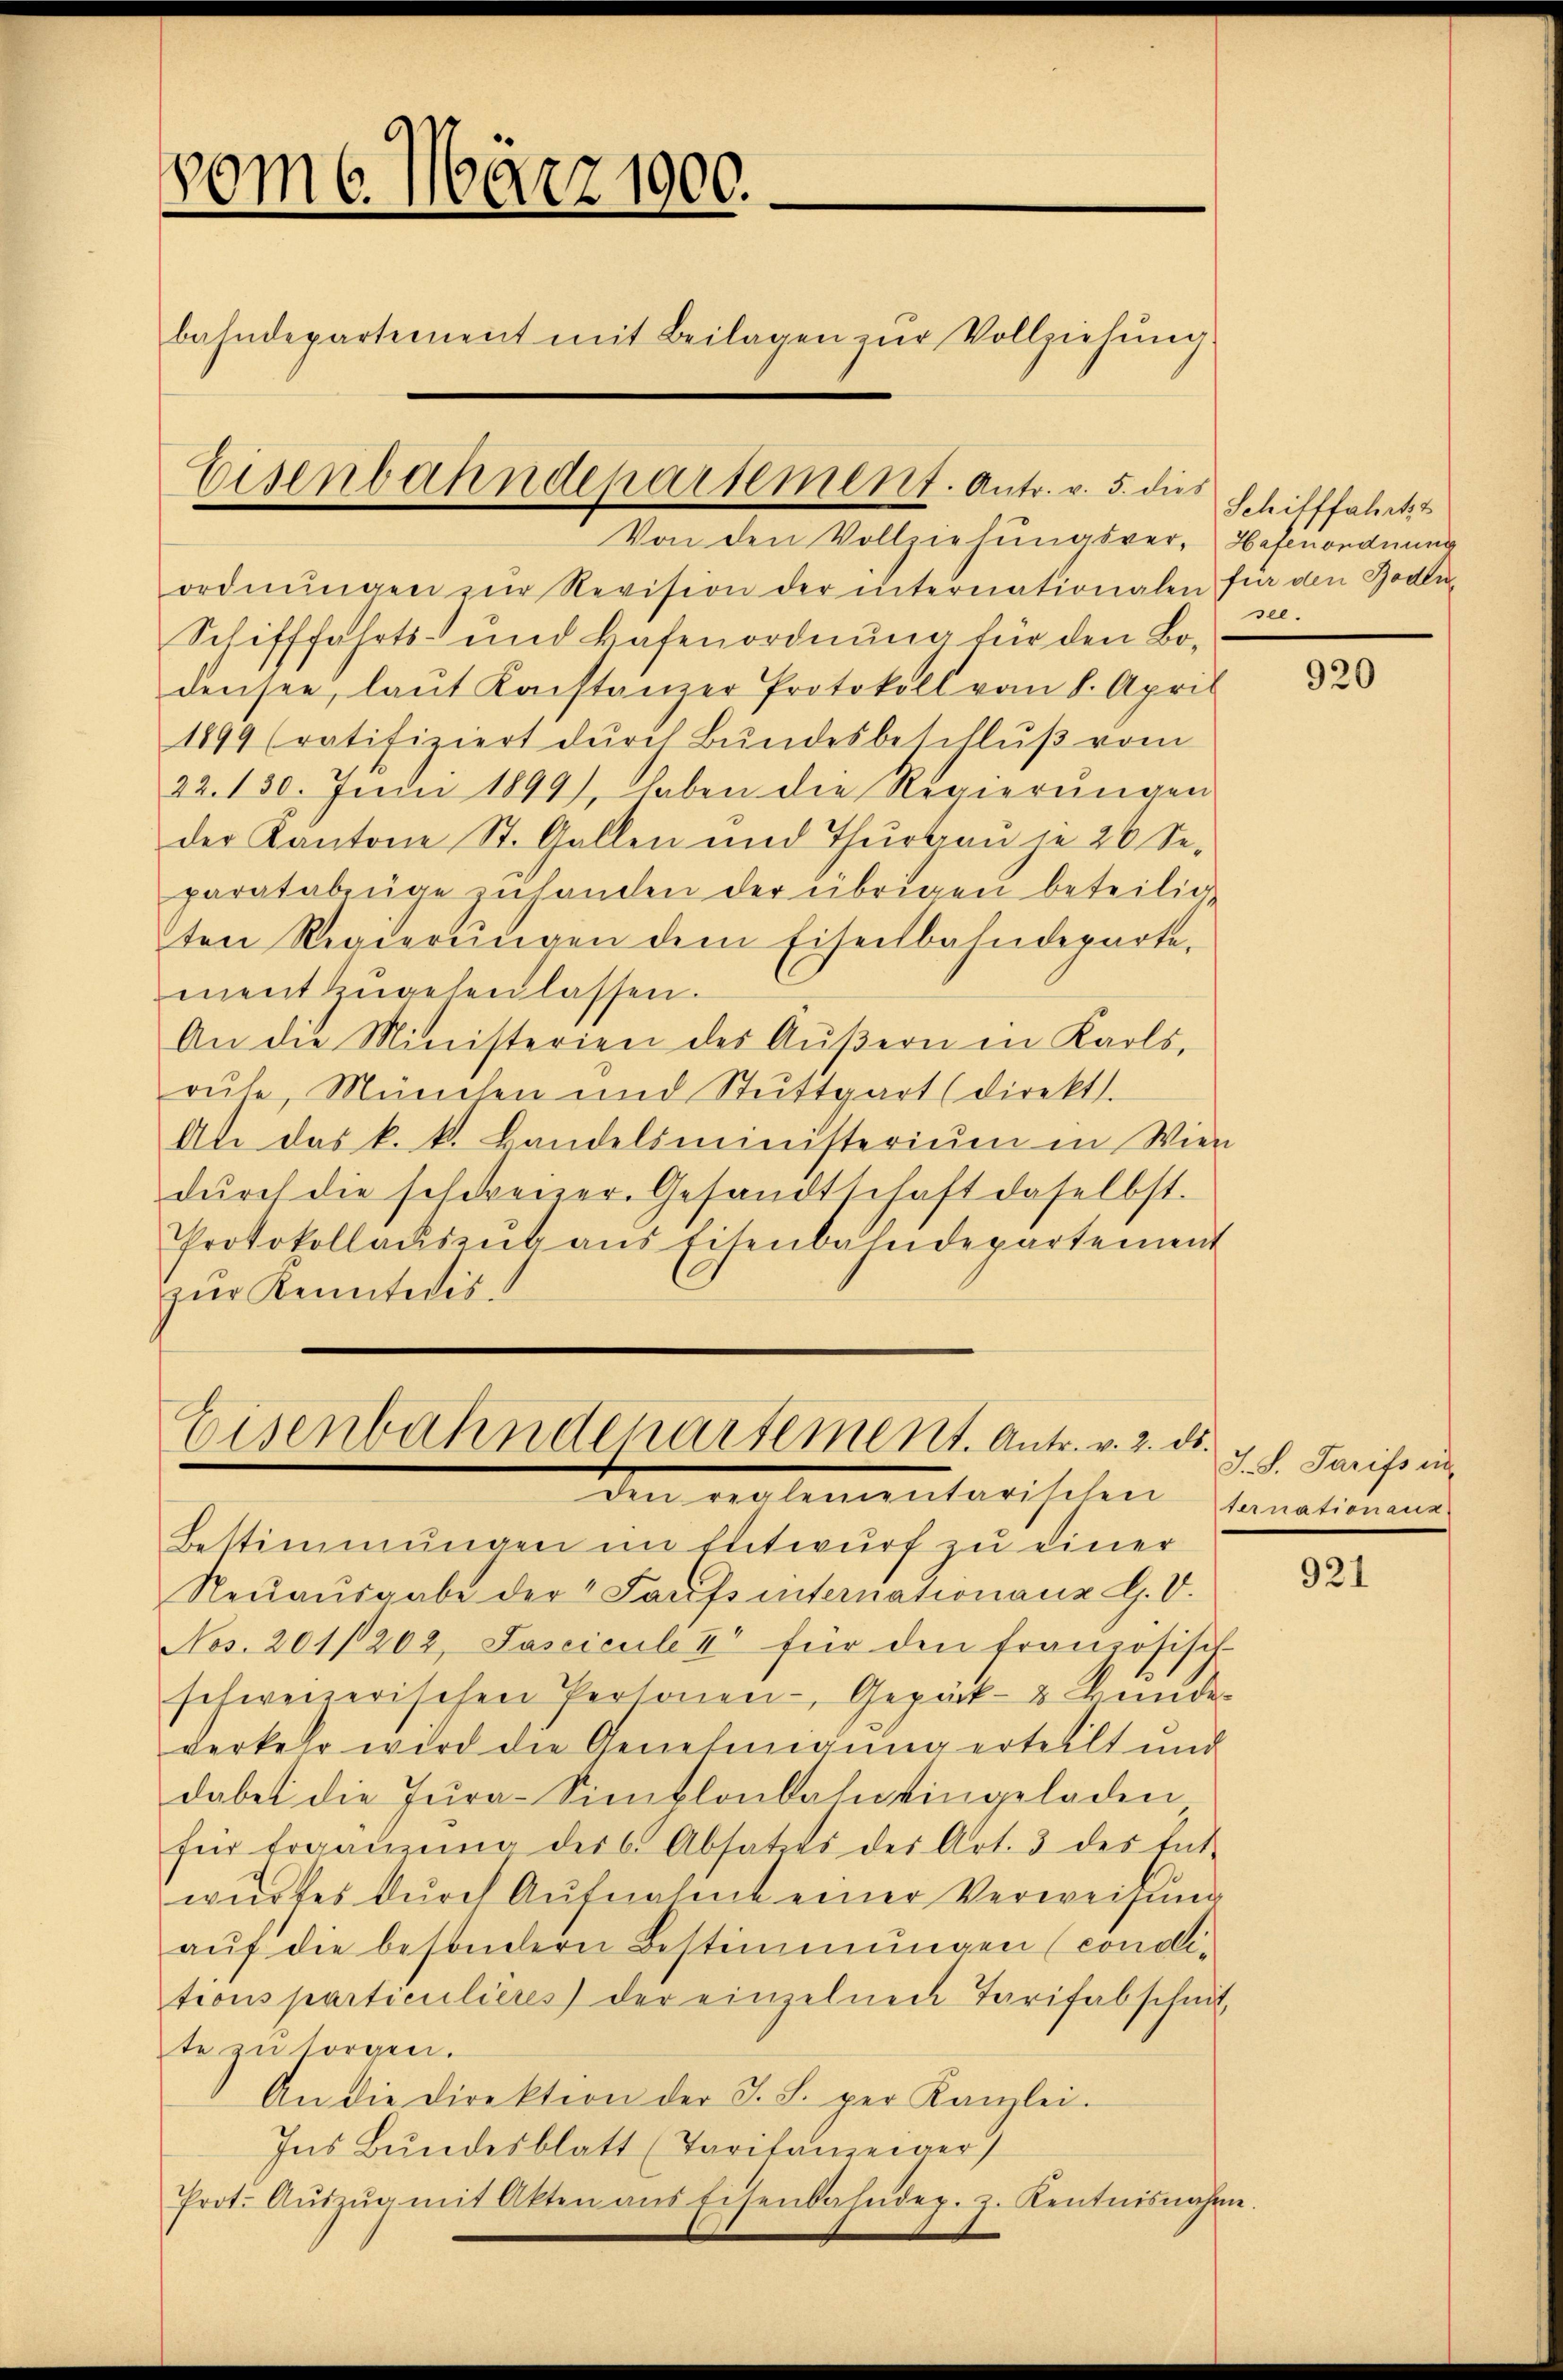
vom 6. März 1900.
bahndepartement mit Beilagen zŭr Vollziehung
Eisenbahndeparsement. Antr. v. 5. dies

ordnŭngen zŭr Revision der internationalen für den Boden¬
Schifffahrts- und Hafenordnung für den Bodensee, laŭt Konstanzer Protokoll vom 8. April
1899 (ratifiziert dŭrch Bŭndesbeschlŭβ vom
22. 130. Junii 1899), haben die Regierŭngen
der Kantone St. Gallen und Thŭrgaŭ je 26 Se-
paratabzüge zŭ handen der übrigen beteilig
ten Regierungen dem Eisenbahndeparte.
mentzŭgehen lassen.
An die Ministerien des Aŭβern in Karls,
ruhe, München und Stuttgart (direkt.
An das k. k. Bandelsministerium in Wien
dŭrch die seldreizer-Gesandtschaft daselbst.
Protokollaŭszŭg aŭs Eisenbahndepartement
zŭr Kenntnis.

Von den Vollziehungsver- Hefenordnung

Eisenbahndepartement. Antr. v. 2. ds.
de vielementarischen Canalionens

Bestimmungen im Entwurf zu einer
Reuausgabe der Saufs internationanz H. V.
Nos. 201/202, Pascicule & für den französisch-
schweizerischen Personen- Gepäck- & Kinde-
verkehr wird die Genehmigung erteilt und
dabei die Jura-Simplonbahn eingeladen
für Ergänzŭng des 6. Absatzes der Art. 3 des Ent-
wŭrfes dŭrch Aŭfnahmt einer Verweisŭng
auf die besondern Bestimmungen (condi-
tions particulières der einzelnen Tarifabschnit,
te zu sorgen.
An die Direktion der J. S. per Kanzlei.
Ins Bŭndesblatt (Taritanzeiger)
Prot. Aŭszŭg mit Akten aus Eisenbahndep. 2. Kentnisnahme.

Schifffahrts
see.

920

J. S. Tarifs in

921